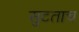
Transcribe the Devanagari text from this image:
सुटताच